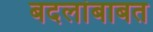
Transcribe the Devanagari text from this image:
बदलांबाबत